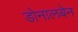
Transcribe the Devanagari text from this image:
डोनालबेन